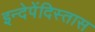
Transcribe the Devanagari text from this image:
इन्देपेंदिस्तास